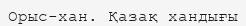
Орыс-хан. Қазақ хандығы